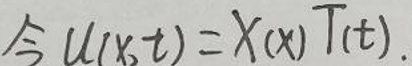
令 \(u(x,t)=X(x)T(t)\)